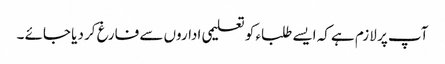
آپ پر لازم ہے کہ ایسے طلباء کو تعلیمی اداروں سے فارغ کر دیا جائے ۔